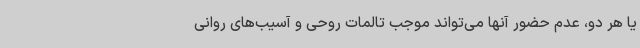
یا هر دو، عدم حضور آنها می‌تواند موجب تالمات روحی و آسیب‌های روانی